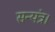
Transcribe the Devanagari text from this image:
सन्यंत्र।